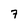
Character: 7